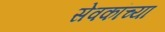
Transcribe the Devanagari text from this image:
सेवकांच्या